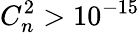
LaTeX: C_{n}^{2}>10^{-15}